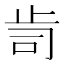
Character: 𭭟